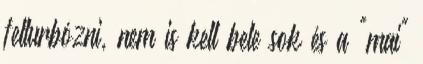
felturbózni, nem is kell bele sok és a "mai"